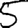
Digit: 5